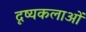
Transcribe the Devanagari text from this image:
दृष्यकलाओं